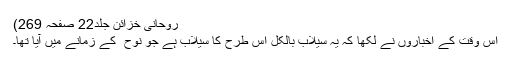
روحانی خزائن جلد22 صفحہ 269)
اُس وقت کے اخباروں نے لکھا کہ یہ سیلاب بالکل اس طرح کا سیلاب ہے جو نوح ؑ کے زمانے میں آیا تھا۔